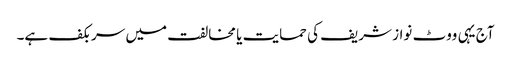
آج یہی ووٹ نواز شریف کی حمایت یا مخالفت میں سر بکف ہے۔